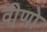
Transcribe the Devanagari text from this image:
वीणो